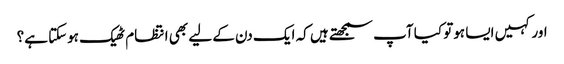
اور کہیں ایسا ہوتو کیا آپ سمجھتے ہیں کہ ایک دن کے لیے بھی انتظام ٹھیک ہوسکتا ہے؟